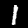
Digit: 1